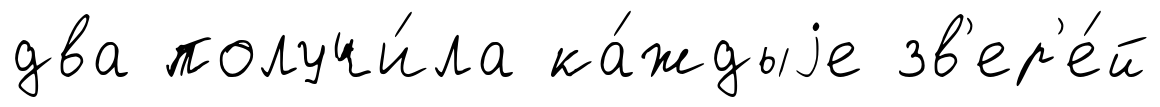
два получи́ла ка́ждыjе зв'ер'е́й